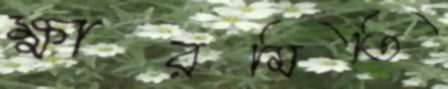
ক্ষারমিতি